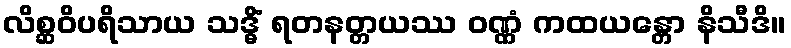
လိစ္ဆဝိပရိသာယ သဒ္ဓိံ ရတနတ္တယဿ ဝဏ္ဏံ ကထယန္တော နိသီဒိ။